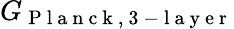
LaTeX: G_{\mathrm{~P~l~a~n~c~k~,~3~-~l~a~y~e~r~}}